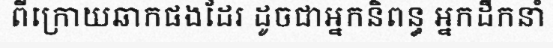
ពីក្រោយឆាកផងដែរ ដូចជាអ្នកនិពន្ធ អ្នកដឹកនាំ